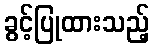
ခွင့်ပြုထားသည့်